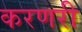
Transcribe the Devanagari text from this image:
करणरी